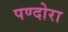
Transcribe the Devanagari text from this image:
पण्दोरा